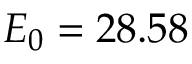
E _ { 0 } = 2 8 . 5 8